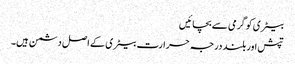
بیٹری کو گرمی سے بچائیں
تپش اور بلند درجہ حرارت بیٹری کے اصل دشمن ہیں۔